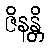
ဇိနန္တိ